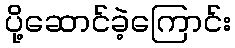
ပို့ဆောင်ခဲ့ကြောင်း